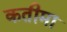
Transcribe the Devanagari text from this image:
कतीमा